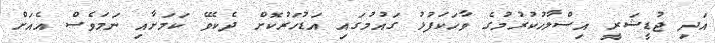
އަދި ޖުޑީޝަރީ އިސްލާހުކުރުމުގެ ވާހަކަފުޅު ގައުމުގައި އަޑުހަރުކޮށް ދެކެވޭ ކަމަށާއި ނަމަވެސް އެއަށް